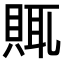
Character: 𧶋